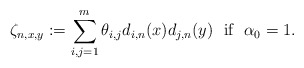
\begin{align*}\zeta_{n,x,y}:=\sum_{i,j=1}^m\theta_{i,j}d_{i,n}(x)d_{j,n}(y)\ \ \mbox{if}\ \ \alpha_0= 1.\end{align*}